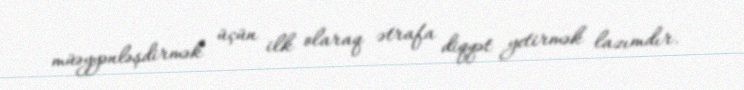
müəyyənləşdirmək üçün ilk olaraq ətrafa diqqət yetirmək lazımdır.